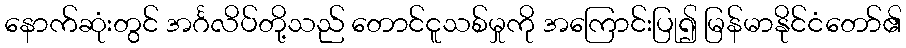
နောက်ဆုံးတွင် အင်္ဂလိပ်တို့သည် တောင်ငူသစ်မှုကို အကြောင်းပြု၍ မြန်မာနိုင်ငံတော်၏